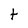
Character: t